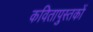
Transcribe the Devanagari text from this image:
कवितापुस्तकों